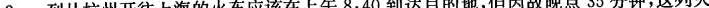
2.一列从杭州开往上海的火车应该在上午8:40到达目的地，但因故晚点35分钟，这列火